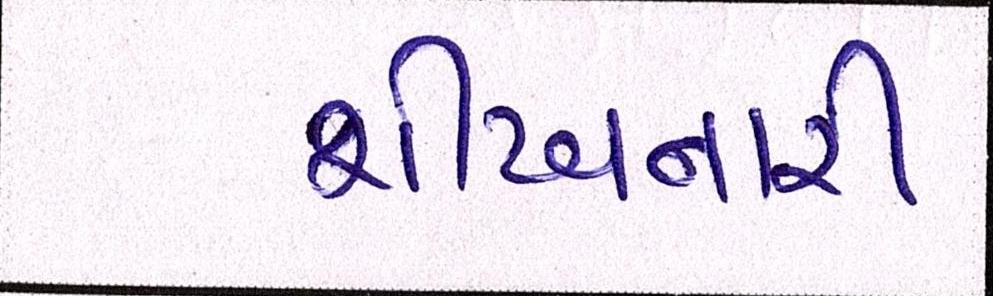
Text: શીખનારી